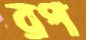
রপ